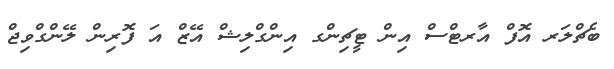
ބެޗްލަރ އޮފް އާރޓްސް އިން ޓީޗިންގ އިންގްލިޝް އޭޒް އަ ފޮރިން ލޭންގްވިޖް